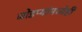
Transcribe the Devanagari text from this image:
जोडप्यांमध्येही